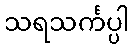
သရသင်္ကပ္ပါ